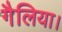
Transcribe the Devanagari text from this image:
गैलिया।